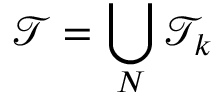
\mathcal T = \bigcup _ { N } \mathcal T _ { k }